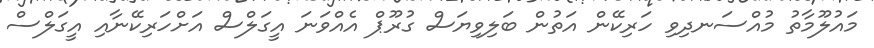
މައުލޫމާތު މުއްސަނދިވި ހަރިކޭން އަތުން ބަލިވިޔަސް ގުރޫޕް އެއްވަނަ އީގަލްސް އަށްހަރިކޭނާއި އީގަލްސް